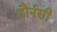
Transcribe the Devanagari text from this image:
हौर्नसी